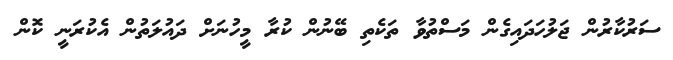
ސަރުކާރުން ޖަލުހަދައިގެން މަސްތުވާ ތަކެތި ބޭނުން ކުރާ މީހުނަށް ދައުލަތުން އެކުރަނީ ކޮން